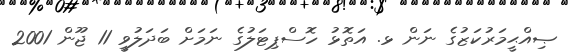
ޞިއްޙީމަރުކަޒުގެ ނަން ޅ. އަތޮޅު ހޮސްޕިޓަލުގެ ނަމަށް ބަދަލުވީ 11 ޖޫން 2001